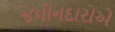
જમીનદારોએ